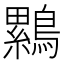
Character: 𮭒